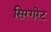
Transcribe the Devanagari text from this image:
सिरगरेट